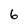
Character: 6